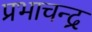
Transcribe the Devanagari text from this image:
प्रभाचन्द्र